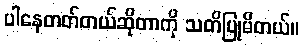
ပါနေတတ်တယ်ဆိုတာကို သတိပြုမိတယ်။